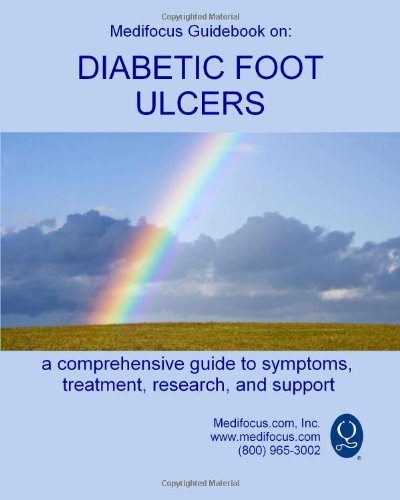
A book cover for Medifocus Guidebook on: Diabetic Foot Ulcers; Medifocus.com; Health, Fitness & Dieting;